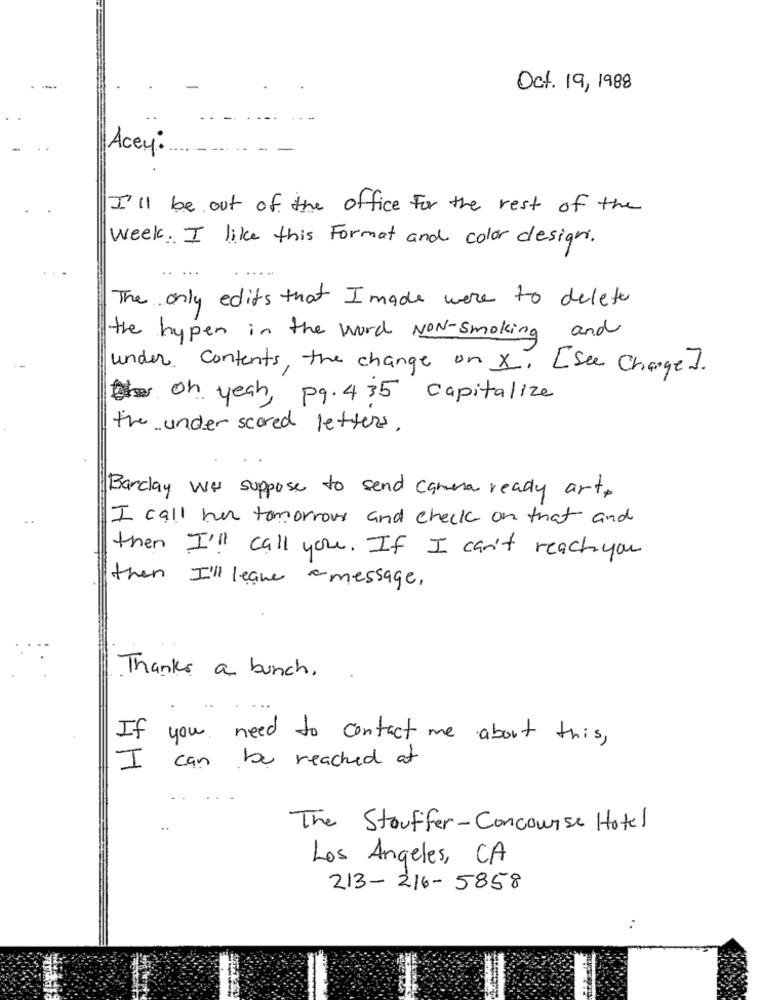
Oct. 19, 1988
Acey.
I'll be out of the office for the rest of the
week. I like this Format and color design.
The only edits that I made were to delete
the hypen in the word NON-smoking and
under contents, the change on X. [see Charge ].
oh yeah, pq. 435 capitalize
the under scored letters.
Barclay was suppose to send camera ready art.
I call her tomorrow and check on that and
then I'll call you. If I can't reach you
then I'll leave a message.
Thanks a bunch.
If
you need to contact me about this,
I
can be reached at
The Stouffer-Concourse Hotel
Los Angeles, CA
213-216-5858
..